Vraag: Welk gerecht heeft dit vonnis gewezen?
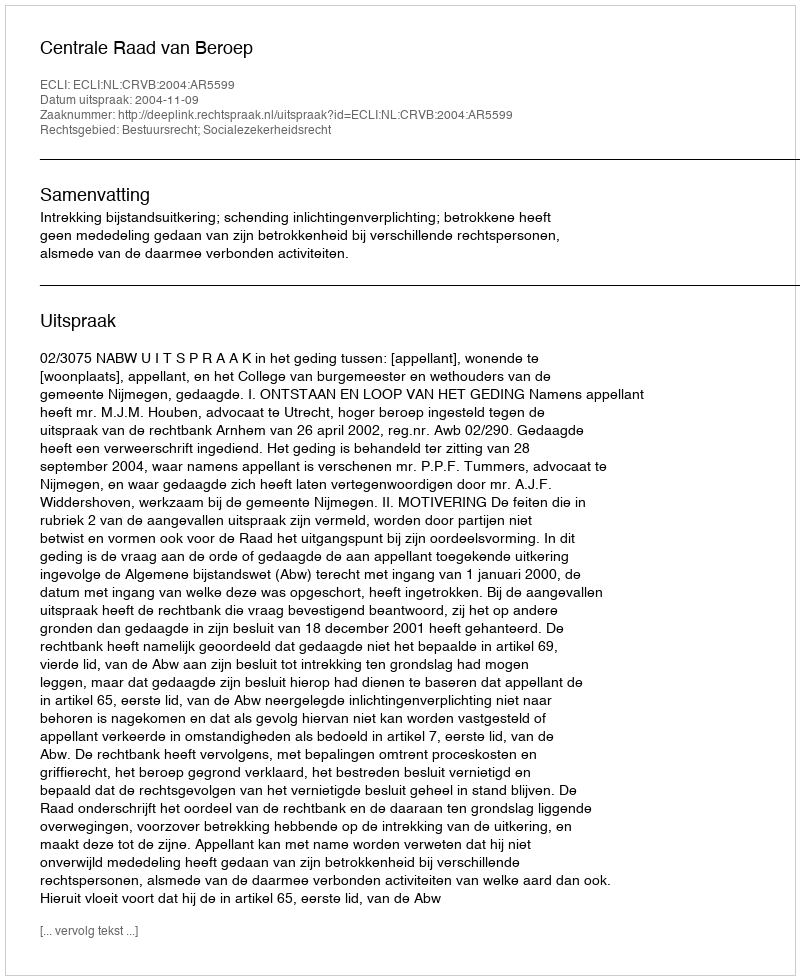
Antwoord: Centrale Raad van Beroep